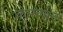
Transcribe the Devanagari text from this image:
कारणांन